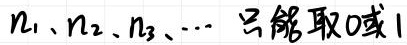
$n_1、n_2、n_3、\cdots$ 只能取0或1